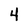
Character: 4